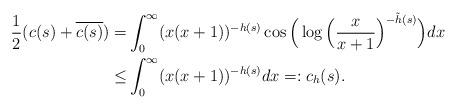
LaTeX: \begin{align*} \frac{1}{2}(c(s)+\overline{c(s)})=& \int_{0}^{\infty}(x(x+1))^{-h(s)}\cos\Big( \log\Big( \frac{x}{x+1}\Big) ^{-\tilde{h}(s)}\Big) dx\\\leq & \int_{0}^{\infty}(x(x+1))^{-h(s)}dx=:c_{h}(s). \end{align*}